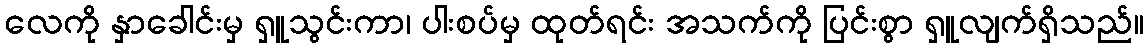
လေကို နှာခေါင်းမှ ရှူသွင်းကာ၊ ပါးစပ်မှ ထုတ်ရင်း အသက်ကို ပြင်းစွာ ရှူလျက်ရှိသည်။